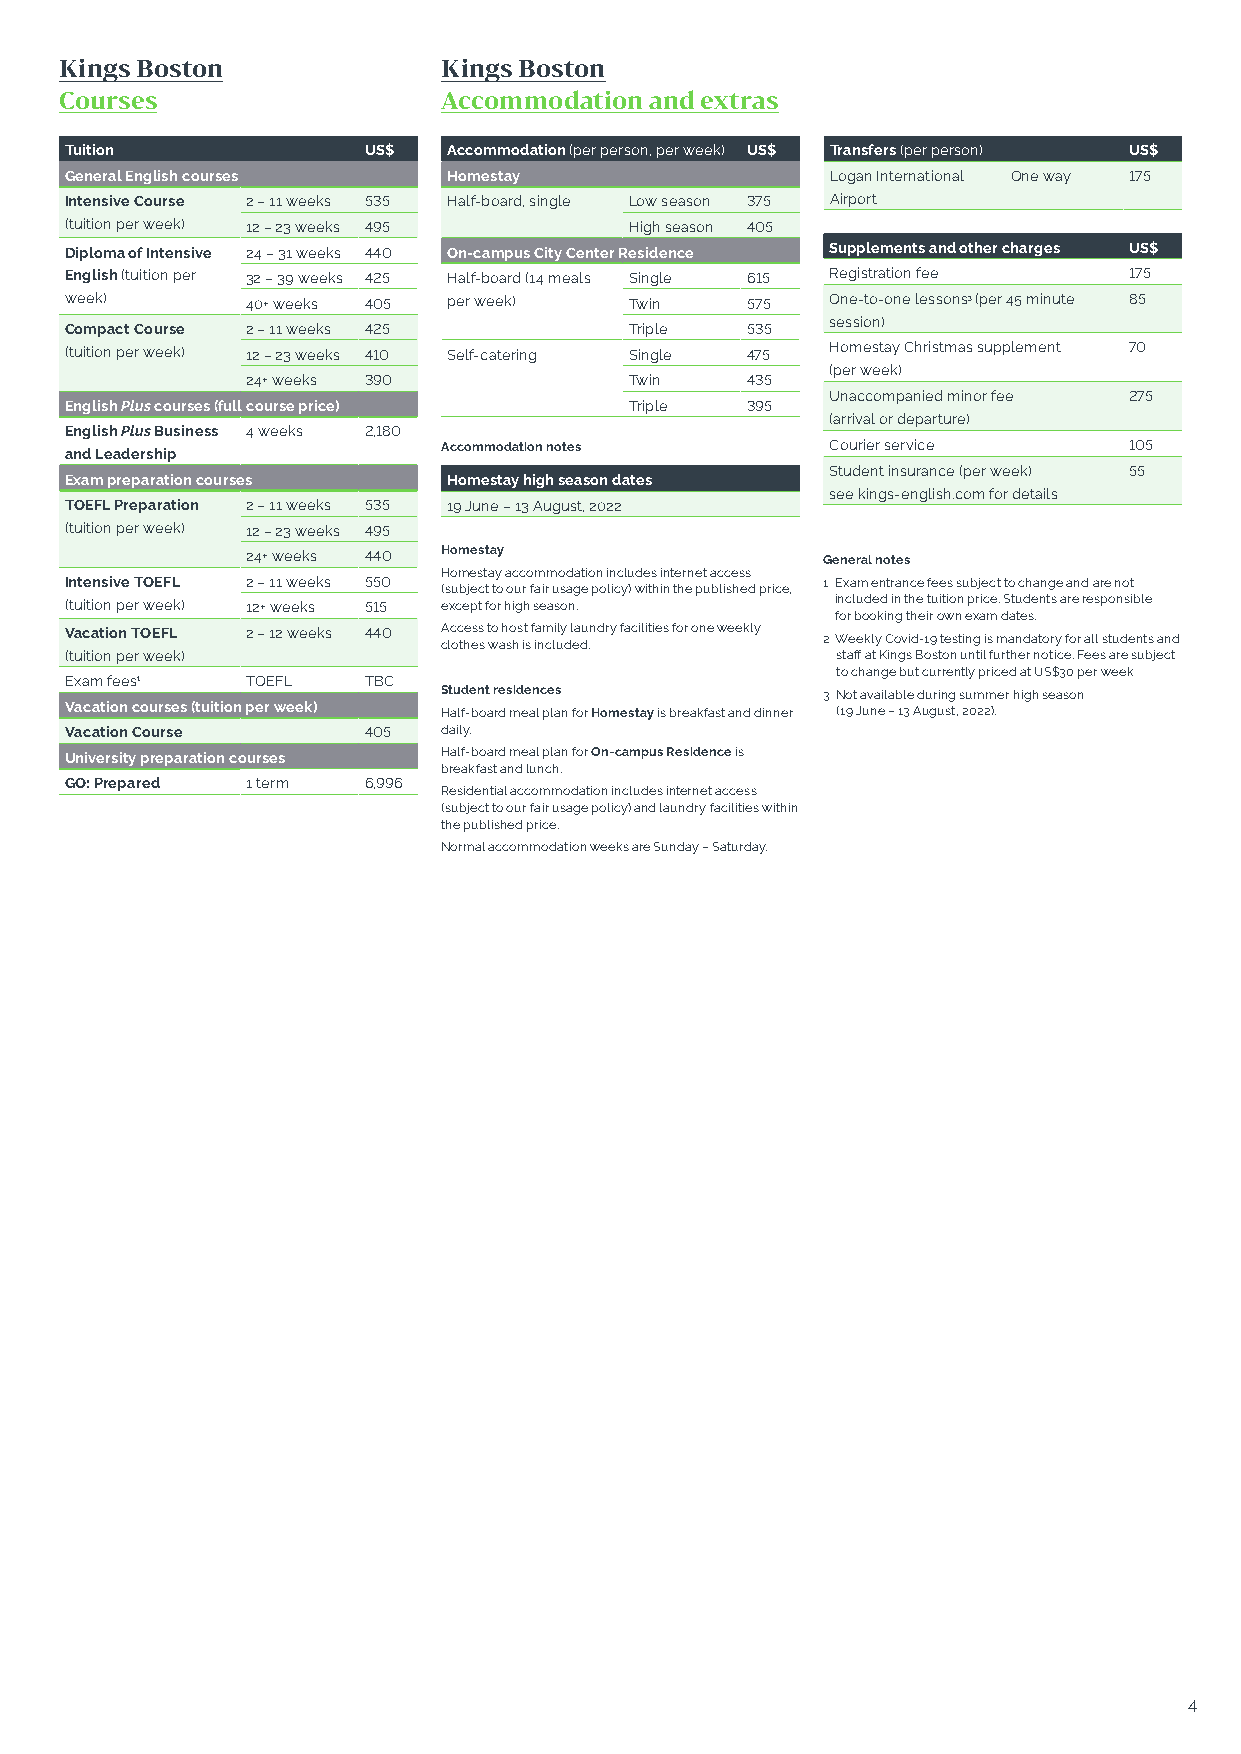
Kings Boston             Kings Boston
 Courses                  Accommodation and extras
 Tuition             US$   Accommodation (per person, per week) US$ Transfers (per person) US$
 General English courses   Homestay                 Logan International One way 175
 Intensive Course 2 – 11 weeks 535 Half-board, single Low season 375 Airport
 (tuition per week) 12 – 23 weeks 495  High season 405
 Diploma of Intensive 24 – 31 weeks 440 On-campus City Center Residence Supplements and other charges US$
 English (tuition per 32 – 39 weeks 425 Half-board (14 meals Single 615 Registration fee 175
 week)       40+ weeks 405 per week)   Twin   575   One-to-one lessons3 (per 45 minute 85
 session)
 Compact Course 2 – 11 weeks 425       Triple 535
 (tuition per week) 12 – 23 weeks 410 Self-catering Single 475 Homestay Christmas supplement 70
 (per week)
 24+ weeks 390             Twin   435
 Unaccompanied minor fee 275
 English Plus courses (full course price) Triple 395
 (arrival or departure)
 English Plus Business 4 weeks 2,180
 and Leadership           Accommodation notes       Courier service     105
 Student insurance (per week) 55
 Exam preparation courses  Homestay high season dates
 see kings-english.com for details
 TOEFL Preparation 2 – 11 weeks 535 19 June – 13 August, 2022
 (tuition per week) 12 – 23 weeks 495
 24+ weeks 440 Homestay                General notes
 Homestay accommodation includes internet access
 Intensive TOEFL 2 – 11 weeks 550                  1 E xam entrance fees subject to change and are not
 (subject to our fair usage policy) within the published price,
 (tuition per week) 12+ weeks 515 except for high season. included in the tuition price. Students are responsible
 for booking their own exam dates.
 Vacation TOEFL 2 – 12 weeks 440 Access to host family laundry facilities for one weekly
 2 Weekly Covid-19 testing is mandatory for all students and
 clothes wash is included.
 (tuition per week)                                 staff at Kings Boston until further notice. Fees are subject
 to change but currently priced at US$30 per week
 Exam fees1  TOEFL   TBC
 Student residences       3 Not available during summer high season
 Vacation courses (tuition per week) Half-board meal plan for Homestay is breakfast and dinner (19 June – 13 August, 2022).
 Vacation Course     405  daily.
 University preparation courses Half-board meal plan for On-campus Residence is
 breakfast and lunch.
 GO: Prepared 1 term 6,996
 Residential accommodation includes internet access
 (subject to our fair usage policy) and laundry facilities within
 the published price.
 Normal accommodation weeks are Sunday – Saturday.
 4